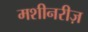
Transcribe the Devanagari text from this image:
मशीनरीज़